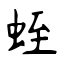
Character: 蛭